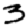
Digit: 3